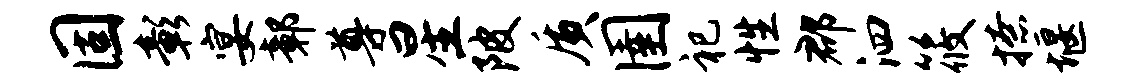
固彰宴鄣尊星陂质圉祀性郡泗筱撩堰